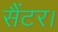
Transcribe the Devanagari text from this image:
सैंटर।